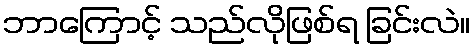
ဘာကြောင့် သည်လိုဖြစ်ရ ခြင်းလဲ။